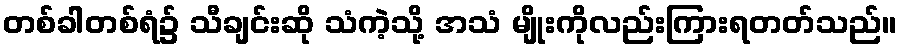
တစ်ခါတစ်ရံ၌ သီချင်းဆို သံကဲ့သို့ အသံ မျိုးကိုလည်းကြားရတတ်သည်။